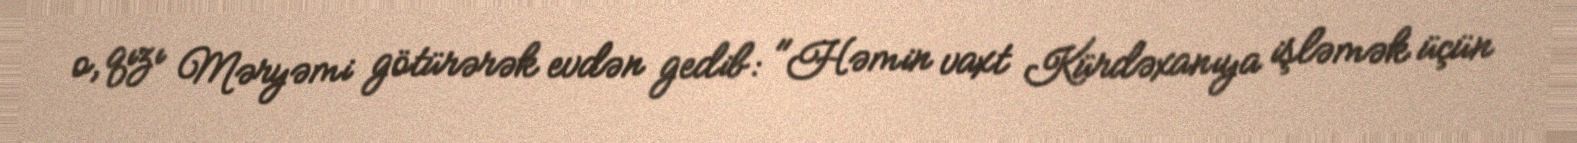
o, qızı Məryəmi götürərək evdən gedib: "Həmin vaxt Kürdəxanıya işləmək üçün